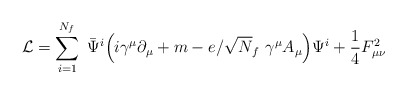
\begin{align*}{\cal L} = \sum_{i=1}^{N_f}~ \bar{{\Psi}}^i\Big(i\gamma^{\mu} \partial_{\mu}+ m - e/\sqrt N_f ~\gamma^{\mu} A_{\mu}\Big) \Psi^{i}+\frac{1}{4} F_{{\mu}{\nu}}^2\end{align*}